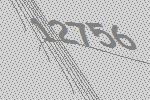
12756